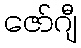
ဇော်ဂျီ